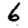
Digit: 6